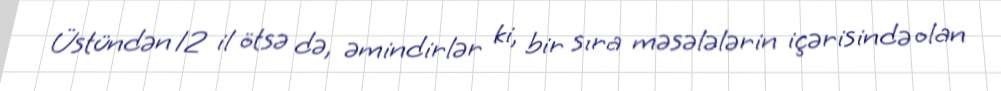
Üstündən 12 il ötsə də, əmindirlər ki, bir sıra məsələlərin içərisində olan